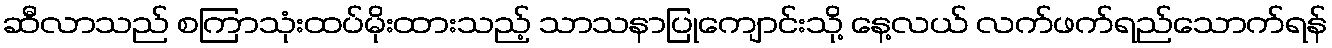
ဆီလာသည် စကြာသုံးထပ်မိုးထားသည့် သာသနာပြုကျောင်းသို့ နေ့လယ် လက်ဖက်ရည်သောက်ရန်